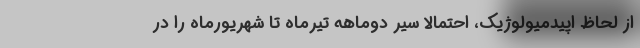
از لحاظ اپیدمیولوژیک، احتمالا سیر دوماهه تیرماه تا شهریورماه را در